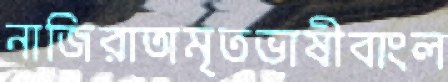
নাজিরাঅমৃতভাষীবাংল